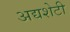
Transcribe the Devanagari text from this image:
अद्यशेटी